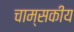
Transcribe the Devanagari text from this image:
चाम्सकीय